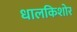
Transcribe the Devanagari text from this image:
धालकिशोर